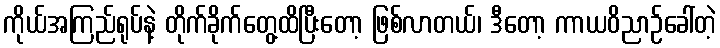
ကိုယ်အကြည်ရုပ်နဲ့ တိုက်ခိုက်တွေ့ထိပြီးတော့ ဖြစ်လာတယ်၊ ဒီတော့ ကာယဝိညာဉ်ခေါ်တဲ့